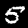
Digit: 5